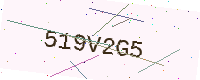
Text: 519V2G5